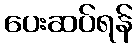
ပေးဆပ်ရန်